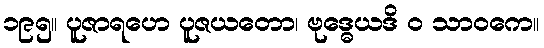
၁၉၅။ ပူဇာရဟေ ပူဇယတော၊ ဗုဒ္ဓေယဒိ ဝ သာဝကေ။